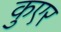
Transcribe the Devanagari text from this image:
कुएर